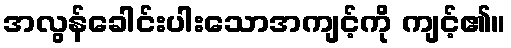
အလွန်ခေါင်းပါးသောအကျင့်ကို ကျင့်၏။